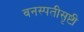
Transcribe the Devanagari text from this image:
वनस्पतीसृष्टी